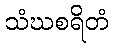
သံဃစရိတံ